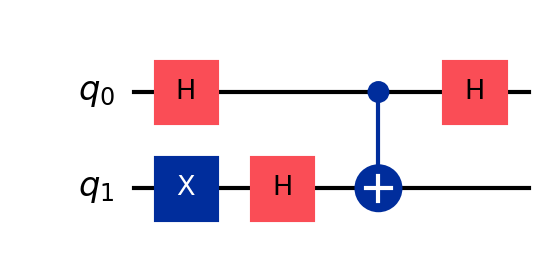
Description: Deutsch algorithm: single-bit oracle query
描述: Deutsch算法：单比特oracle查询
Category: intermediate (difficulty: intermediate)
Qubits: 2, circuit depth: 4

Braket implementation:
from braket.circuits import Circuit
circuit = Circuit().x(1).h(0).h(1).cnot(0, 1).h(0)